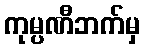
ကုမ္ပဏီဘက်မှ